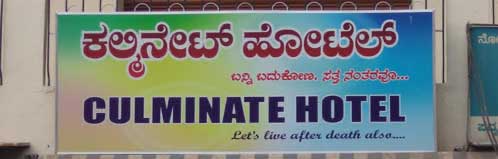
Language: kannada
Transcription: ಕಲ್ಮಿ ನೇಟ್ ಹೋಟೆಲ್